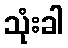
သုံးခါ